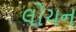
લોચન